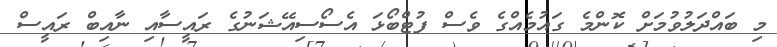
މި ބައްދަލުވުމަށް ކޮންމެ ގައުމެއްގެ ވެސް ފުޓްބޯޅަ އެސޯސިއޭޝަނުގެ ރައީސާއި ނާއިބް ރައީސް